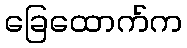
ခြေထောက်က